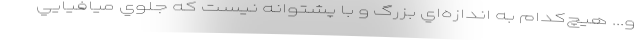
و... هيچ‌كدام به اندازه‌اي بزرگ و با پشتوانه نيست كه جلوي ميافيايي